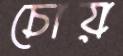
চোয়